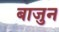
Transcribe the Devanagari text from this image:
बाजुन